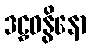
ဒဠှဓနွိနော